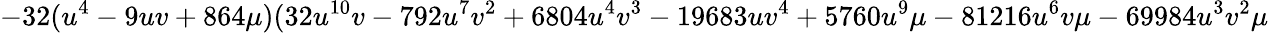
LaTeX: -32(u^{4}-9uv+864\mu)(32u^{10}v-792u^{7}v^{2}+6804u^{4}v^{3}-19683uv^{4}+5760u^{9}\mu-81216u^{6}v\mu-69984u^{3}v^{2}\mu